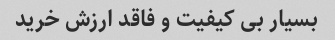
بسیار بی کیفیت و فاقد ارزش خرید